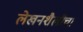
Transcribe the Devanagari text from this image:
लेखनशैलीचा